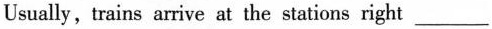
Usually,trains arrive at the stations right ___